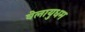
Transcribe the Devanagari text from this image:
वेलायुधम